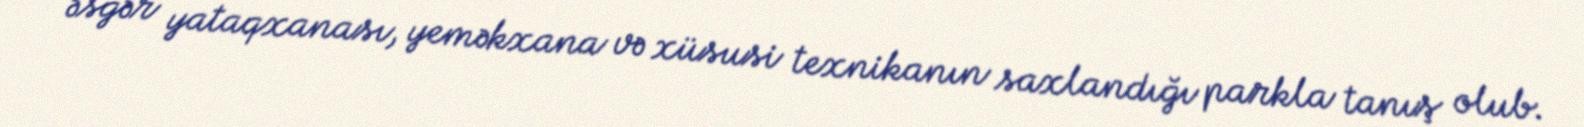
əsgər yataqxanası, yeməkxana və xüsusi texnikanın saxlandığı parkla tanış olub.